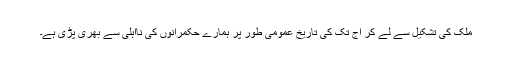
ملک کی تشکیل سے لے کر آج تک کی تاریخ عمومی طور پر ہمارے حکمرانوں کی نااہلی سے بھری پڑی ہے۔